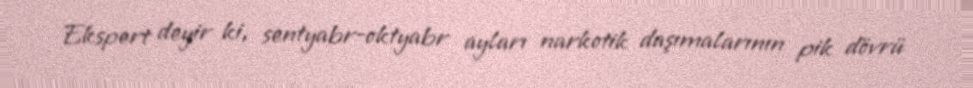
Ekspert deyir ki, sentyabr-oktyabr ayları narkotik daşımalarının pik dövrü